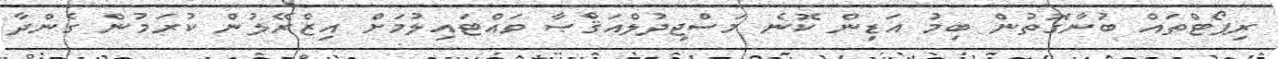
ރިޕޯޓްތައް ބުނާގޮތުން ބިމު އަޑިން ކޮނެ މަސްޖިދުލްއަޤްޞާ ވައްޓައިލުމަށް އިޒްރޭލުން ކުރަމުން ގެންދާ